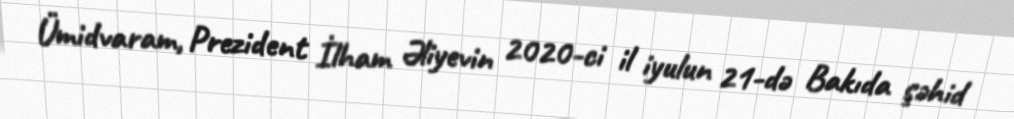
Ümidvaram, Prezident İlham Əliyevin 2020-ci il iyulun 21-də Bakıda şəhid